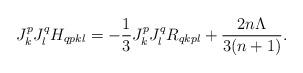
LaTeX: \begin{align*}J^{p}_{k}J^{q}_{l}H_{qpkl} = - \frac{1}{3} J^{p}_{k}J^{q}_{l}R_{qkpl} + \frac{2n \Lambda}{3(n+1)}.\end{align*}